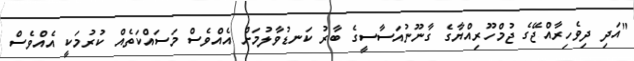
"އަދި ދިވެހިރާއްޖޭގެ ޖުމްހޫރިއްޔާގެ ގާނޫނުއަސާސީގެ ބާރު ކަނޑުވާލުމަށް އެއްވެސް މަސައްކަތެއް ކުރުމަކީ އެއްވެސް